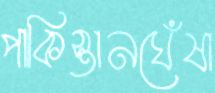
পাকিস্তানঘেঁষা